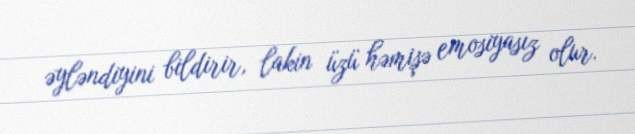
əyləndiyini bildirir, lakin üzü həmişə emosiyasız olur.